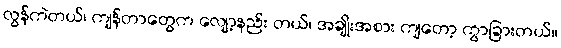
လွန်ကဲတယ်၊ ကျန်တာတွေက လျော့နည်း တယ်၊ အချိုးအစား ကျတော့ ကွာခြားတယ်။